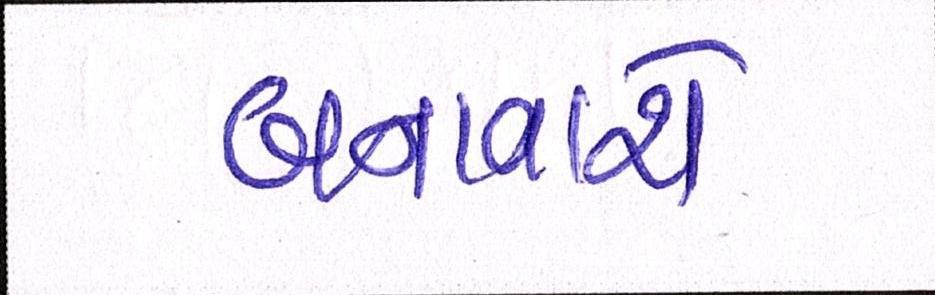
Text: બનાવાશે